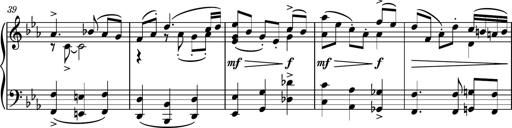
Title: Piano Sonatina No.5
Composer: Dimitri Sykias
Key: C minor